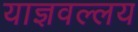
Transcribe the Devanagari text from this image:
याज्ञवल्लय